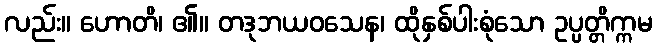
လည်း။ ဟောတိ၊ ၏။ တဒုဘယဝသေန၊ ထိုနှစ်ပါးစုံသော ဥပ္ပတ္တိက္ကမ